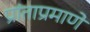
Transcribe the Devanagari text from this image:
प्रांताप्रमाणे